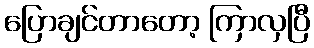
ပြောချင်တာတော့ ကြာလှပြီ